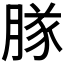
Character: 𬛊